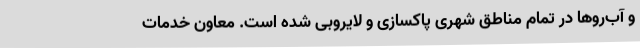
و آب‌روها در تمام مناطق شهری پاکسازی و لایروبی شده است. معاون خدمات